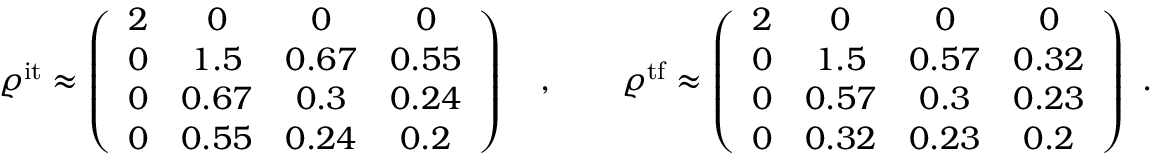
\begin{array} { r } { \varrho ^ { \mathrm { i t } } \approx \left( \begin{array} { c c c c } { 2 } & { 0 } & { 0 } & { 0 } \\ { 0 } & { 1 . 5 } & { 0 . 6 7 } & { 0 . 5 5 } \\ { 0 } & { 0 . 6 7 } & { 0 . 3 } & { 0 . 2 4 } \\ { 0 } & { 0 . 5 5 } & { 0 . 2 4 } & { 0 . 2 } \end{array} \right) \quad , \qquad \varrho ^ { \mathrm { t f } } \approx \left( \begin{array} { c c c c } { 2 } & { 0 } & { 0 } & { 0 } \\ { 0 } & { 1 . 5 } & { 0 . 5 7 } & { 0 . 3 2 } \\ { 0 } & { 0 . 5 7 } & { 0 . 3 } & { 0 . 2 3 } \\ { 0 } & { 0 . 3 2 } & { 0 . 2 3 } & { 0 . 2 } \end{array} \right) \ . } \end{array}